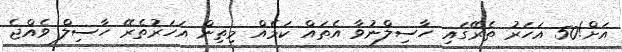
އަށް!50 އަހަރު ތެރޭގައި ހާސިލްނުވާ އެތައް ކަމެއް މިތިން އަހަރުތެރޭ ހާސިލް ވެއްޖެ